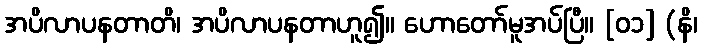
အပိလာပနတာတိ၊ အပိလာပနတာဟူ၍။ ဟောတော်မူအပ်ပြီ။ [၀၁] (နိ၊